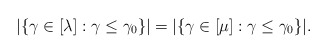
\begin{align*}|\{\gamma\in[\lambda]:\gamma \leq \gamma_0\}|= |\{\gamma\in[\mu ]:\gamma \leq \gamma_0\}|.\end{align*}